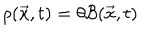
\rho ( { \vec { x } } , t ) = \theta { \cal B } ( { \vec { x } } , t )